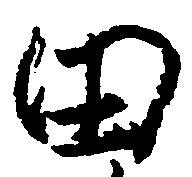
田